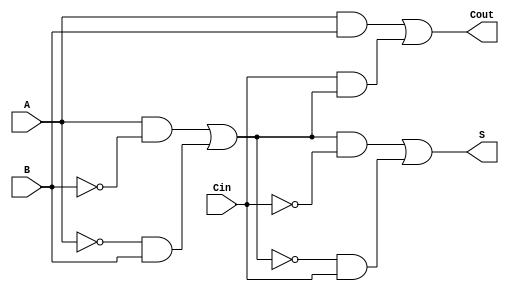
module TransmissionGateFullAdder (
    input wire A,      // First binary input
    input wire B,      // Second binary input
    input wire Cin,    // Carry-in input
    output wire S,     // Sum output
    output wire Cout   // Carry-out output
);

// Intermediate signals
wire AB, A_xor_B, Cin_xor_A_xor_B;

// Transmission Gate for A XOR B
assign A_xor_B = (A & ~B) | (~A & B);

// Transmission Gate for (A XOR B) XOR Cin
assign S = (A_xor_B & ~Cin) | (~A_xor_B & Cin);

// Carry-out calculation
assign AB = A & B; // A AND B
assign Cout = AB | (Cin & A_xor_B); // Cout = (A AND B) OR (Cin AND (A XOR B))

endmodule